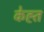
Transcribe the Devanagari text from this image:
केह्त